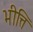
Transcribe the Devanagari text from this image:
भीत्ति